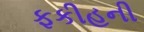
ફકીહની